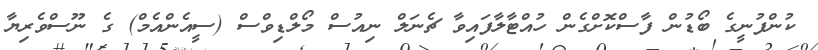
ކުންފުނީގެ ބޯޑުން ފާސްކޮށްގެން ހުއްޓާލާފައިވާ ޗެނަލް ނިއުސް މޯލްޑިވްސް (ސީއެންއެމް) ގެ ނޫސްވެރިޔާ